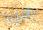
بالبريد